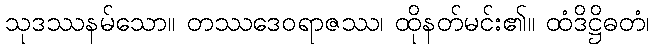
သုဒဿနမ်သော။ တဿဒေဝရာဇဿ၊ ထိုနတ်မင်း၏။ ထံဒိဋ္ဌိဓတံ၊